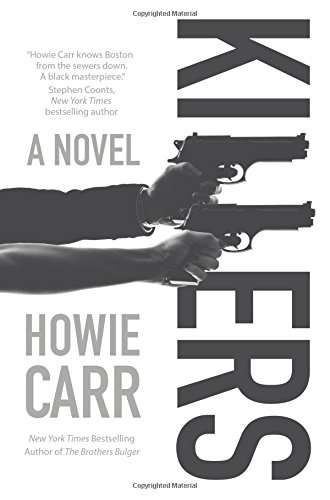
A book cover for Killers: A Novel; Howie Carr; Mystery, Thriller & Suspense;